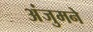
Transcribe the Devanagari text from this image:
अंजुमने